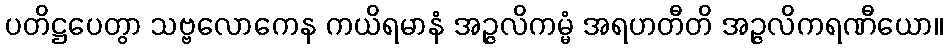
ပတိဋ္ဌပေတွာ သဗ္ဗလောကေန ကယိရမာနံ အဉ္ဇလိကမ္မံ အရဟတီတိ အဉ္ဇလိကရဏီယော။